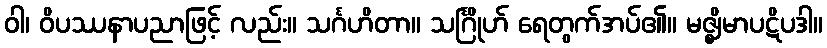
ဝါ၊ ဝိပဿနာပညာဖြင့် လည်း။ သင်္ဂဟိတာ။ သင်္ဂြိုဟ် ရေတွက်အပ်၏။ မဇ္ဈိမာပဋိပဒါ။